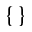
\{ \}